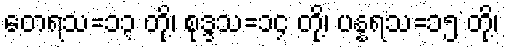
တေရသ=၁၃ တို့၊ စုဒ္ဒသ=၁၄ တို့၊ ပန္နရသ=၁၅ တို့၊